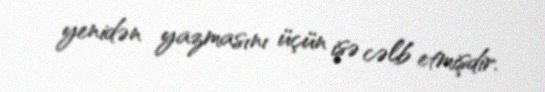
yenidən yazmasını üçün işə cəlb etmişdir.